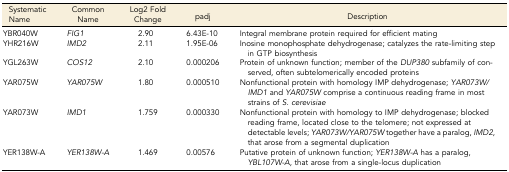
<table><thead><tr><td><b>Systematic Name</b></td><td><b>Common Name</b></td><td><b>Log2 Fold Change</b></td><td><b>padj</b></td><td><b>Description</b></td></tr></thead><tbody><tr><td>YBR040W</td><td><i>FIG1</i></td><td>2.90</td><td>6.43E-10</td><td>Integral membrane protein required for efficient mating</td></tr><tr><td>YHR216W</td><td><i>IMD2</i></td><td>2.11</td><td>1.95E-06</td><td>Inosine monophosphate dehydrogenase; catalyzes the rate-limiting step in GTP biosynthesis</td></tr><tr><td>YGL263W</td><td><i>COS12</i></td><td>2.10</td><td>0.000206</td><td>Protein of unknown function; member of the <i>DUP380</i> subfamily of conserved, often subtelomerically encoded proteins</td></tr><tr><td>YAR075W</td><td><i>YAR075W</i></td><td>1.80</td><td>0.000510</td><td>Nonfunctional protein with homology IMP dehydrogenase; <i>YAR073W/IMD1</i> and <i>YAR075W</i> comprise a continuous reading frame in most strains of <i>S. cerevisiae</i></td></tr><tr><td>YAR073W</td><td><i>IMD1</i></td><td>1.759</td><td>0.000330</td><td>Nonfunctional protein with homology to IMP dehydrogenase; blocked reading frame, located close to the telomere; not expressed at detectable levels; <i>YAR073W/YAR075W</i> together have a paralog, <i>IMD2</i>, that arose from a segmental duplication</td></tr><tr><td>YER138W-A</td><td><i>YER138W-A</i></td><td>1.469</td><td>0.00576</td><td>Putative protein of unknown function; <i>YER138W-A</i> has a paralog, <i>YBL107W-A</i>, that arose from a single-locus duplication</td></tr></tbody></table>